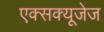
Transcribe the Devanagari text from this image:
एक्सक्यूजेज